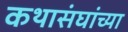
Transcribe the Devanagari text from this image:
कथासंघांच्या